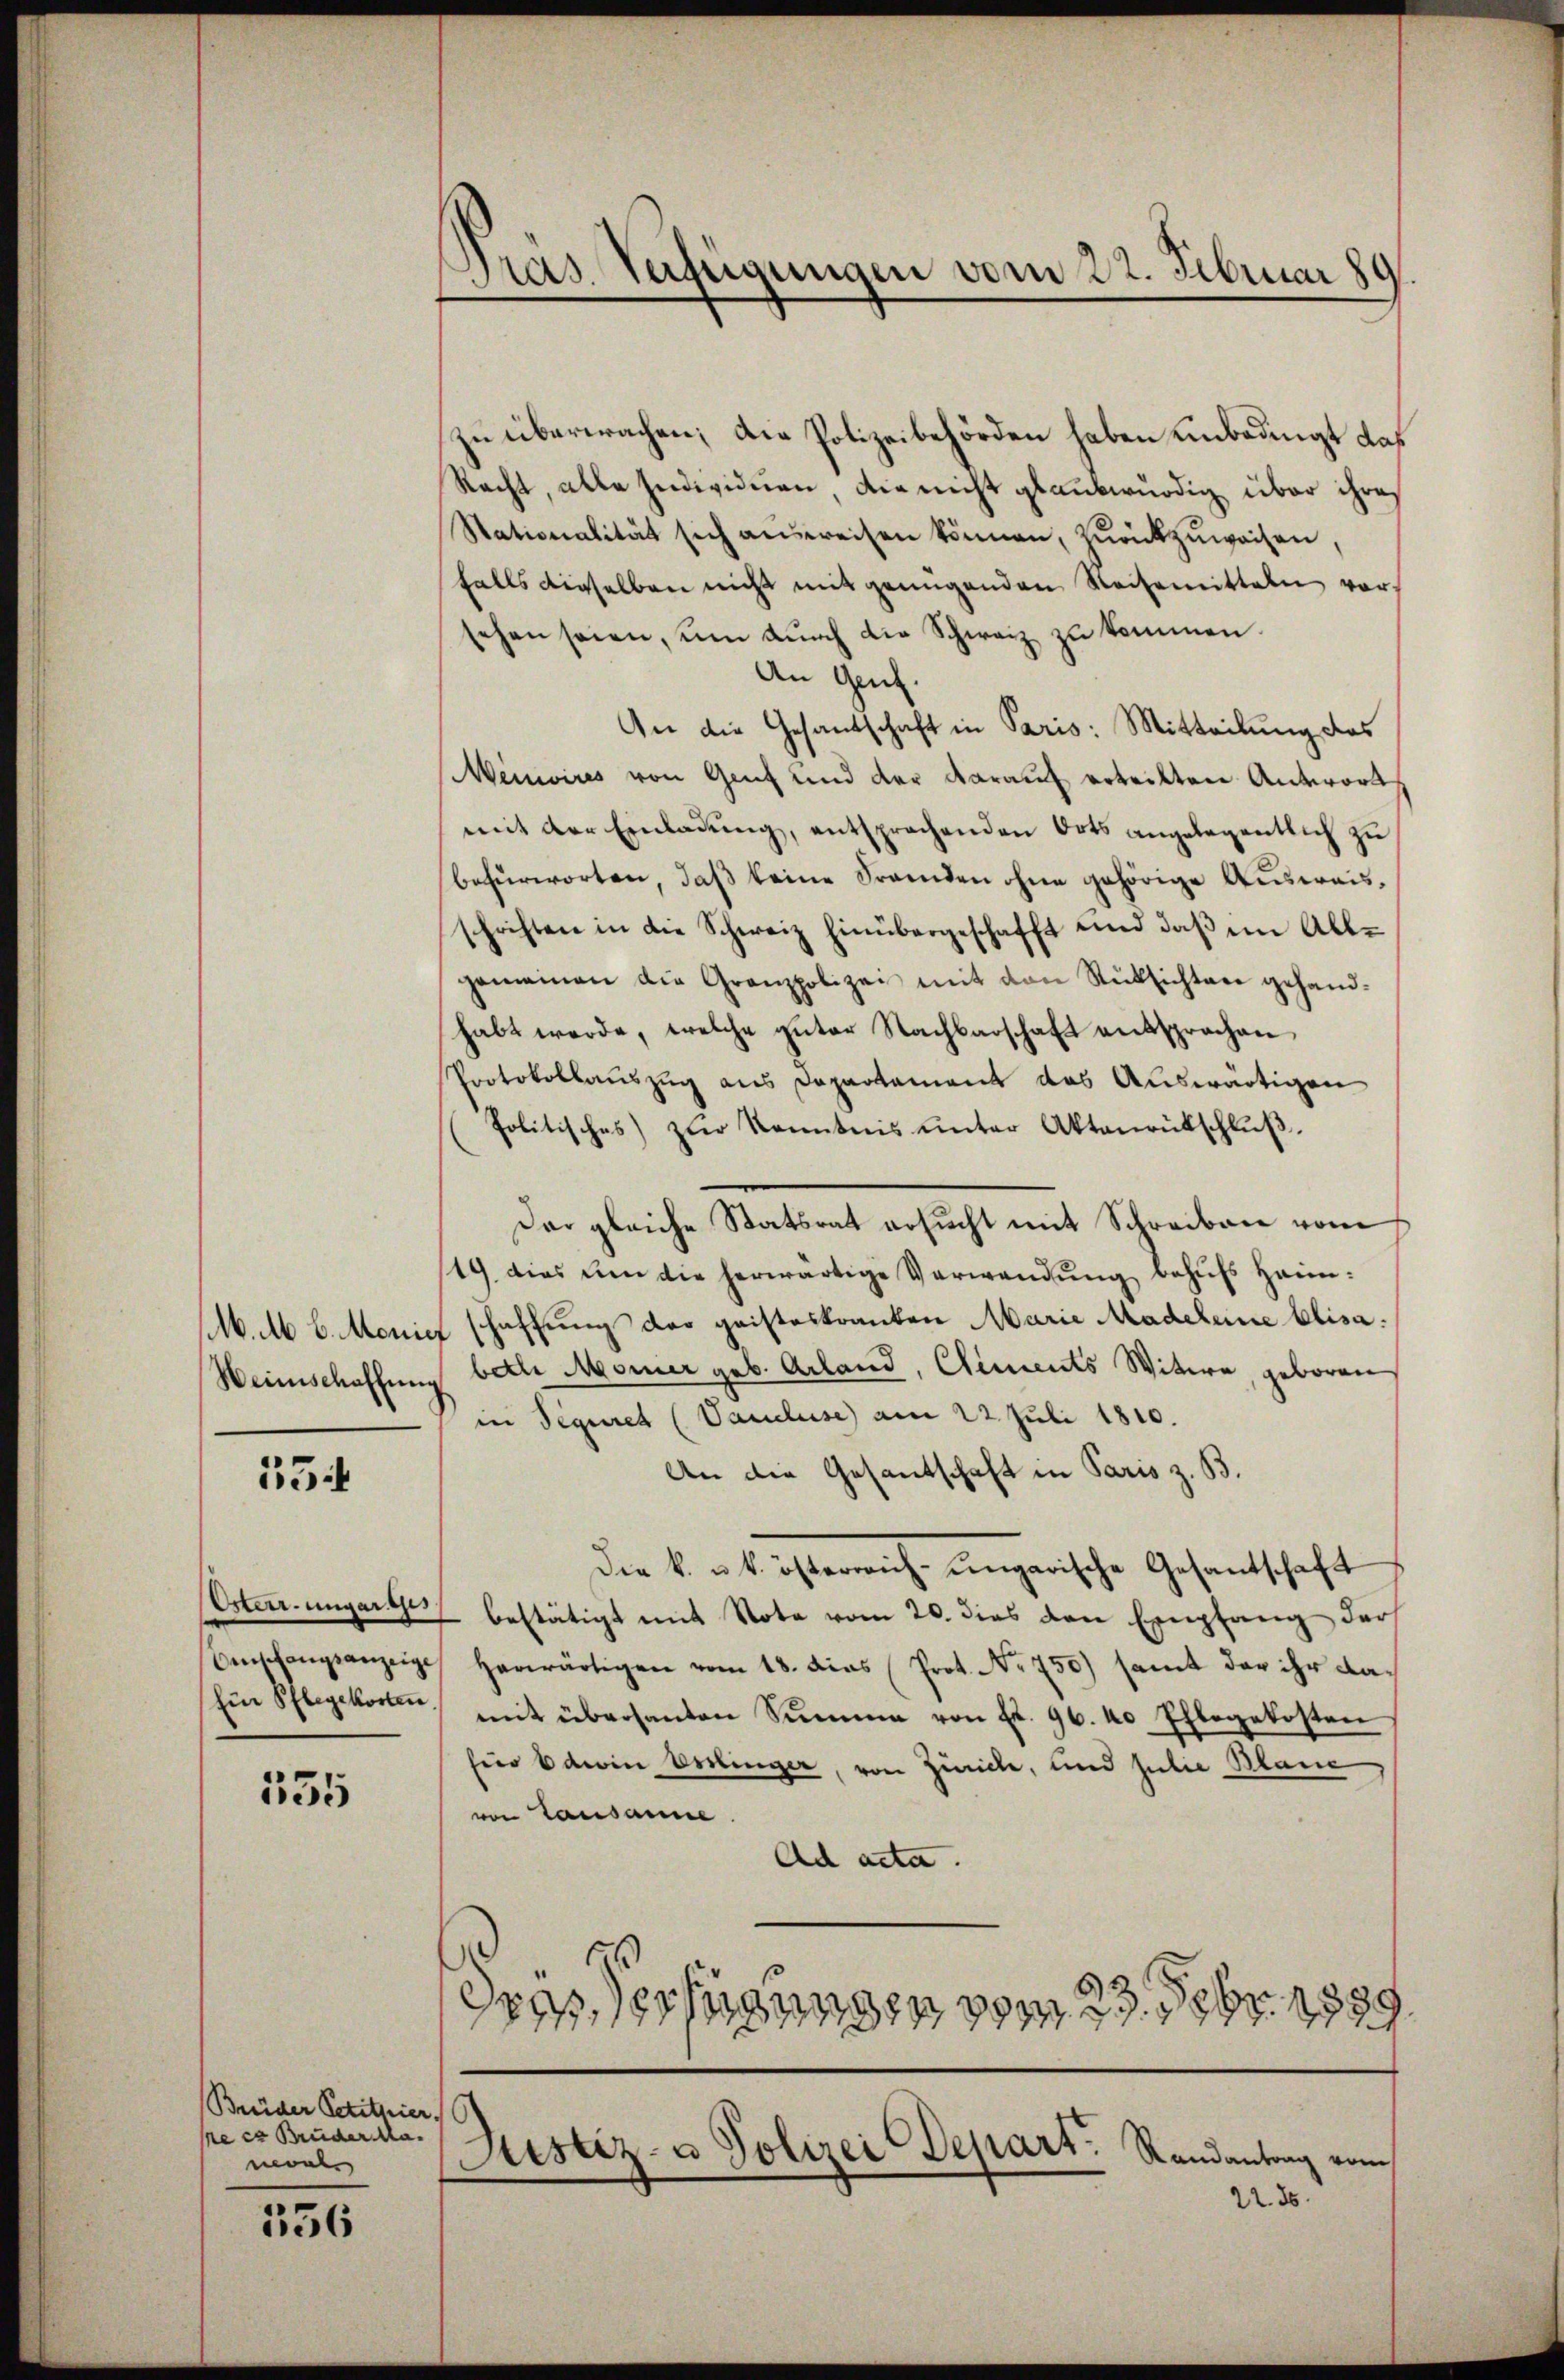
M. M. b. Monic
Weinschaffŭng

55

Osterr. ungarges
Einschangsanzeige
Ein Pflegekosten

535

Brider Petituier
re er Bruder Mamoal

156

Gras Verfügungen vom 22. Februar 80

zu überwachen; die Polizeibehörden haben unbedingt das
Racht, alle Individuen, die nicht glaubwürdig über ihres
Stationalität sich ausweisen können, zŭrückzuweisen,
falls dieselben nicht mit genügenden Reisemitteln vor-
sehen seien, um dŭrch die Schweiz zu kommen.
An Genf.
An die Gesandschaft in Paris: Mitteilung des
Menivires von Genf und der darauf erteilten Antwort
mit der Einladŭng, entsprechenden Orts angelegentlich zŭ
befürworten, daß keine Fremden ohne gehörige Ausweisschriften in die Schweiz hinübergeschafft und daβ im All-
gemeinen die Granzpolizei mit den Rüksichten gehandhabt werde, welche guter Nachbarschaft entsprochen
Protokollauszug aus Departament das Auswärtigen
Politisches) zŭr Kenntnis ŭnter Aktenrütschlŭβ
Der gleiche Statsrat ersucht mit Schreiben vom
19. dies um die herwärtige Verwandŭng behŭfs Heimschaffung der geisteskranken Marie Madeleine Elisabethe Momer geb. Arland, Clements Witwe, geboren
in Sequiret (Vaucluse) am 22. Juli 1810.
An die Gesantschaft in Paris z. B.
Die k. u. k. österreich-ungarische Gesantschaft
bestätigt mit Note vom 20. dies den Empfang der
herwärtigen vom 18. Das Prot. No 750) samt der ihr damit übersanten Summe von Fr. 96. 40 Eflogekosten
für dein Esslinger, von Zürich, und Julie Blanc,
von Lausanne
Ad acta.
E
Gras Verfügungen vom 23. Febr. 1889

Justiz- & Polizei Depart. Randantrag von

22. 86.